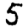
Digit: 5